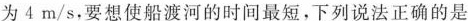
为4m/s，要想使船渡河的时间最短，下列说法正确的是